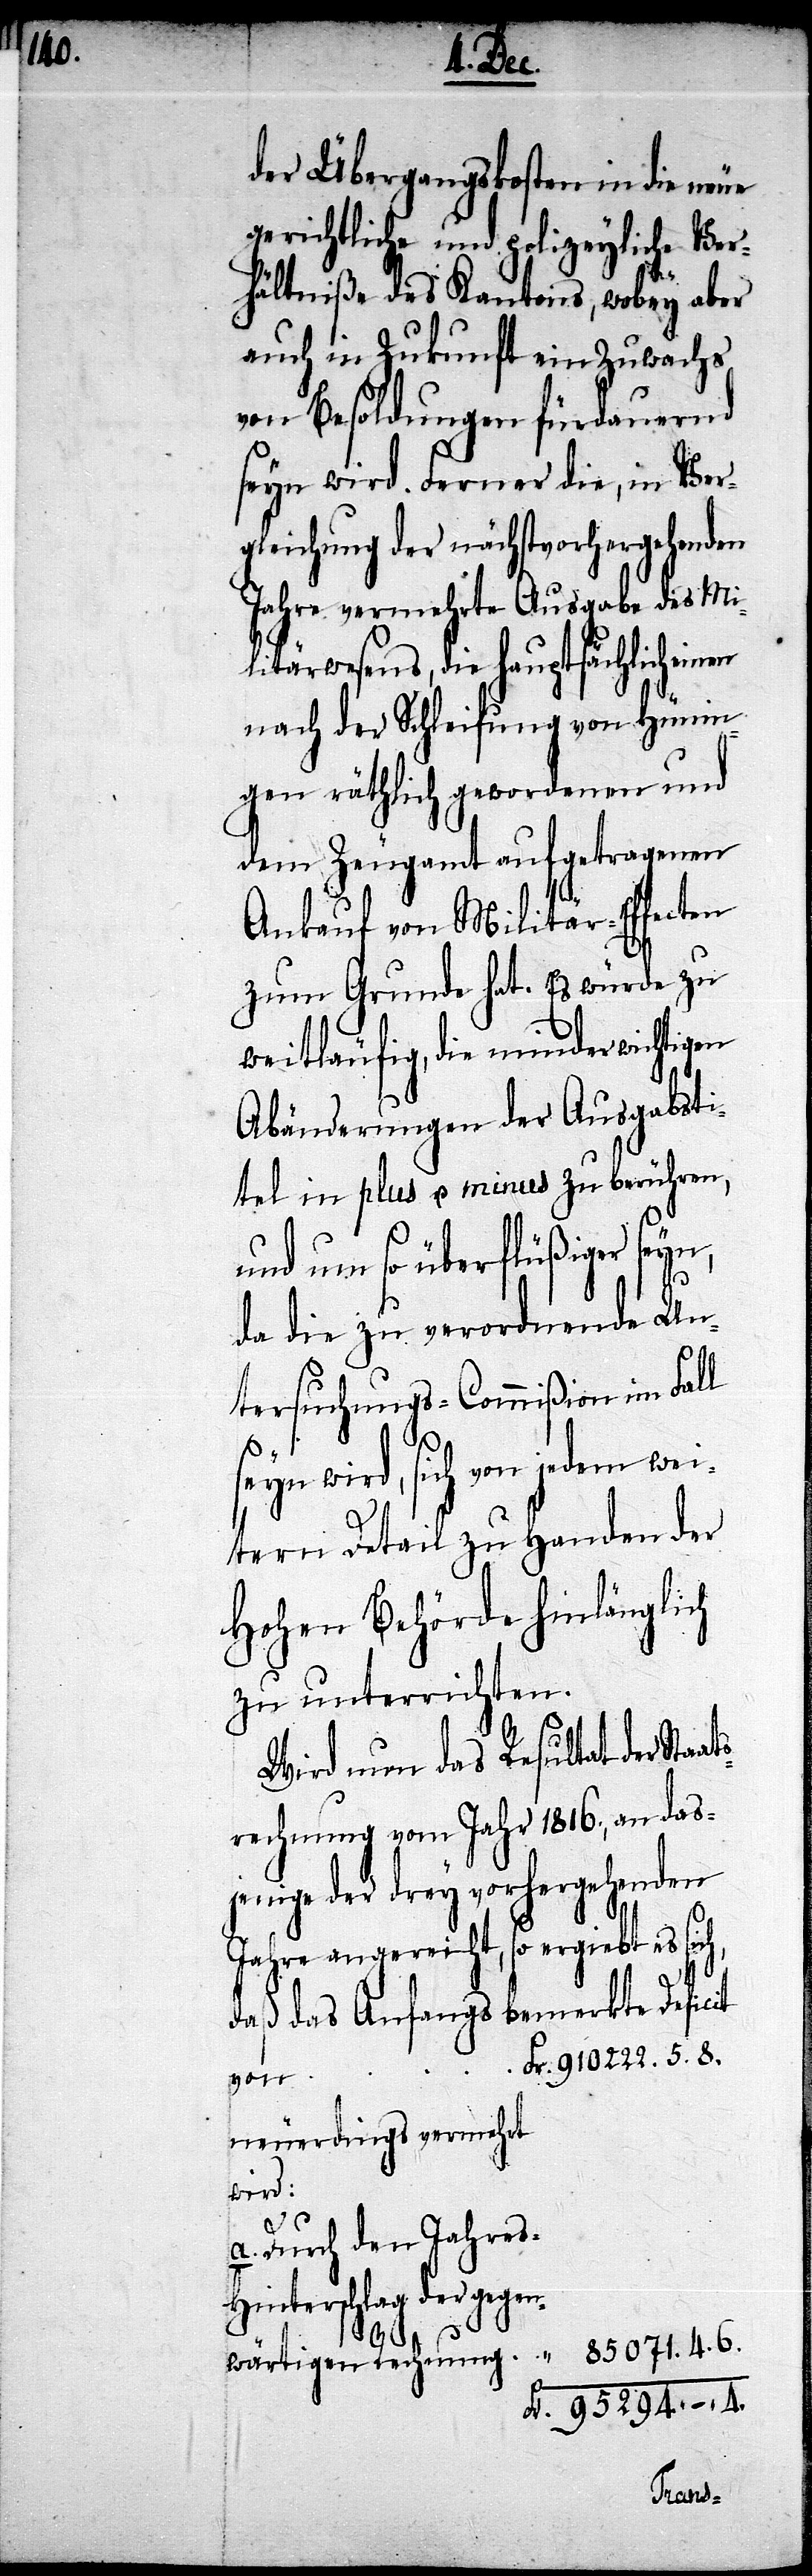
der Übergangskosten in die neue
gerichtliche und polizeyliche Ver¬
hältniße des Kantons, wobey aber
auch in Zukunft ein Zuwachs
von Besoldungen fürdauernd
seyn wird. Ferner die, in Ver¬
gleichung der nächstvorhergehenden
Jahre vermehrte Ausgabe des Mi¬
litärwesens, die hauptsächlich einen
nach der Schleifung von Hünin¬
gen räthlich gewordenen und
dem Zeugamt aufgetragenen
Ankauf von Militär-Effecten
zum Grunde hat. Es würde zu
weitläufig, die minderwichtigen
Abänderungen der Ausgabsti¬
tel in plus u. minus zu berühren,
und um so überflüßiger se¬
da die zu verordnende Un¬
tersuchungs-Commißion im Fall
seyn wird, sich von jedem wei¬
tern Theil zu Handen der
Hohen Behörde hinlänglich
zu unterrichten.
Wird nun das Resultat der Staat¬
srechnung vom Jahr 1816., an das¬
jenige der drey vorhergehenden
Jahre angereicht, so ergiebt es
daß das Anfangs bemerkte Deficit
gen¬
neuerdings vermehrt
wird:
a. Durch den Jahres-H¬
interschlag der ge¬
85071.4.6
wärtigen Rechnung
Fr. 95294.–.4.
yn,